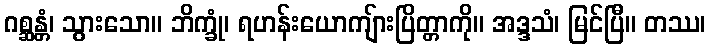
ဂစ္ဆန္တံ၊ သွားသော။ ဘိက္ခုံ၊ ရဟန်းယောကျ်ားပြိတ္တာကို။ အဒ္ဒသံ၊ မြင်ပြီ။ တဿ၊